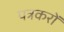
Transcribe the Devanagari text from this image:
पत्रकरों